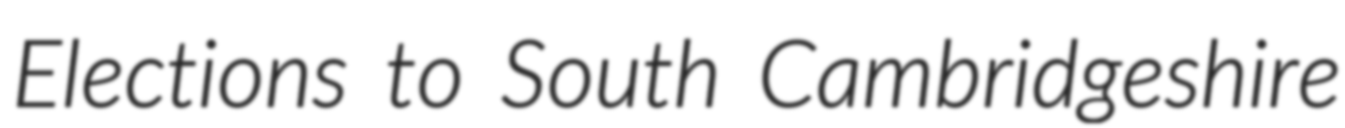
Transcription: Elections to South Cambridgeshire